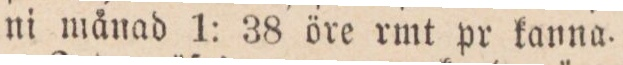
ni månad 1: 38 öre rmt pr kanna.